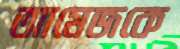
আমেজকে